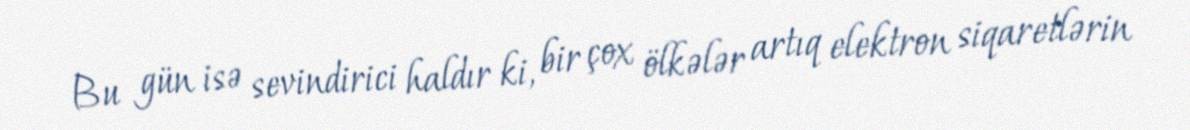
Bu gün isə sevindirici haldır ki, bir çox ölkələr artıq elektron siqaretlərin